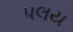
પલય